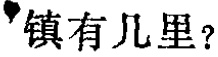
镇有几里？